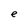
Character: e